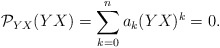
\begin{align*}{\cal P}_{YX}(YX)=\sum^n_{k=0} a_k(YX)^k =0.\end{align*}